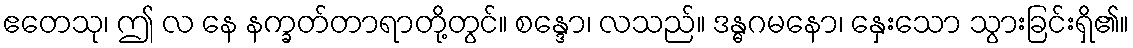
ဧတေသု၊ ဤ လ နေ နက္ခတ်တာရာတို့တွင်။ စန္ဒော၊ လသည်။ ဒန္ဓဂမနော၊ နှေးသော သွားခြင်းရှိ၏။